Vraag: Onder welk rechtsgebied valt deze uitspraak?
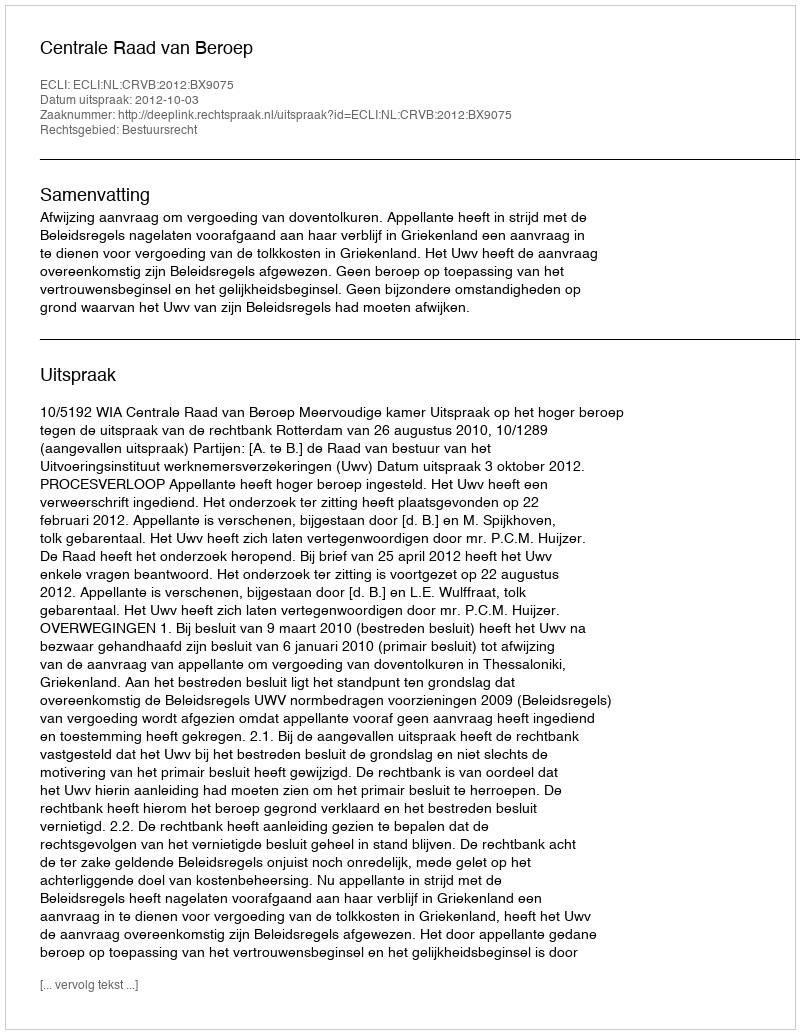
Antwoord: Bestuursrecht